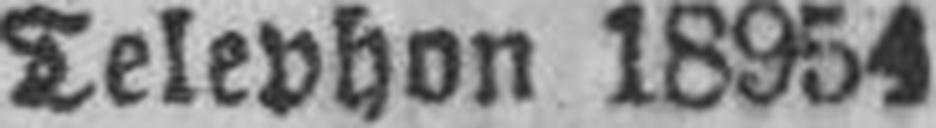
Telephon 18954